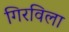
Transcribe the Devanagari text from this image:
गिरविला